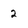
Character: 2